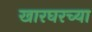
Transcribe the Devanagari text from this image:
खारघरच्या